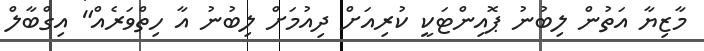
މާޒިޔާ އަތުން ލިބުނު ޕޮއިންޓަކީ ކުރިއަށް ދިއުމަށް ލިބުނު އާ ހިތްވަރެއް" އިގްބާލް